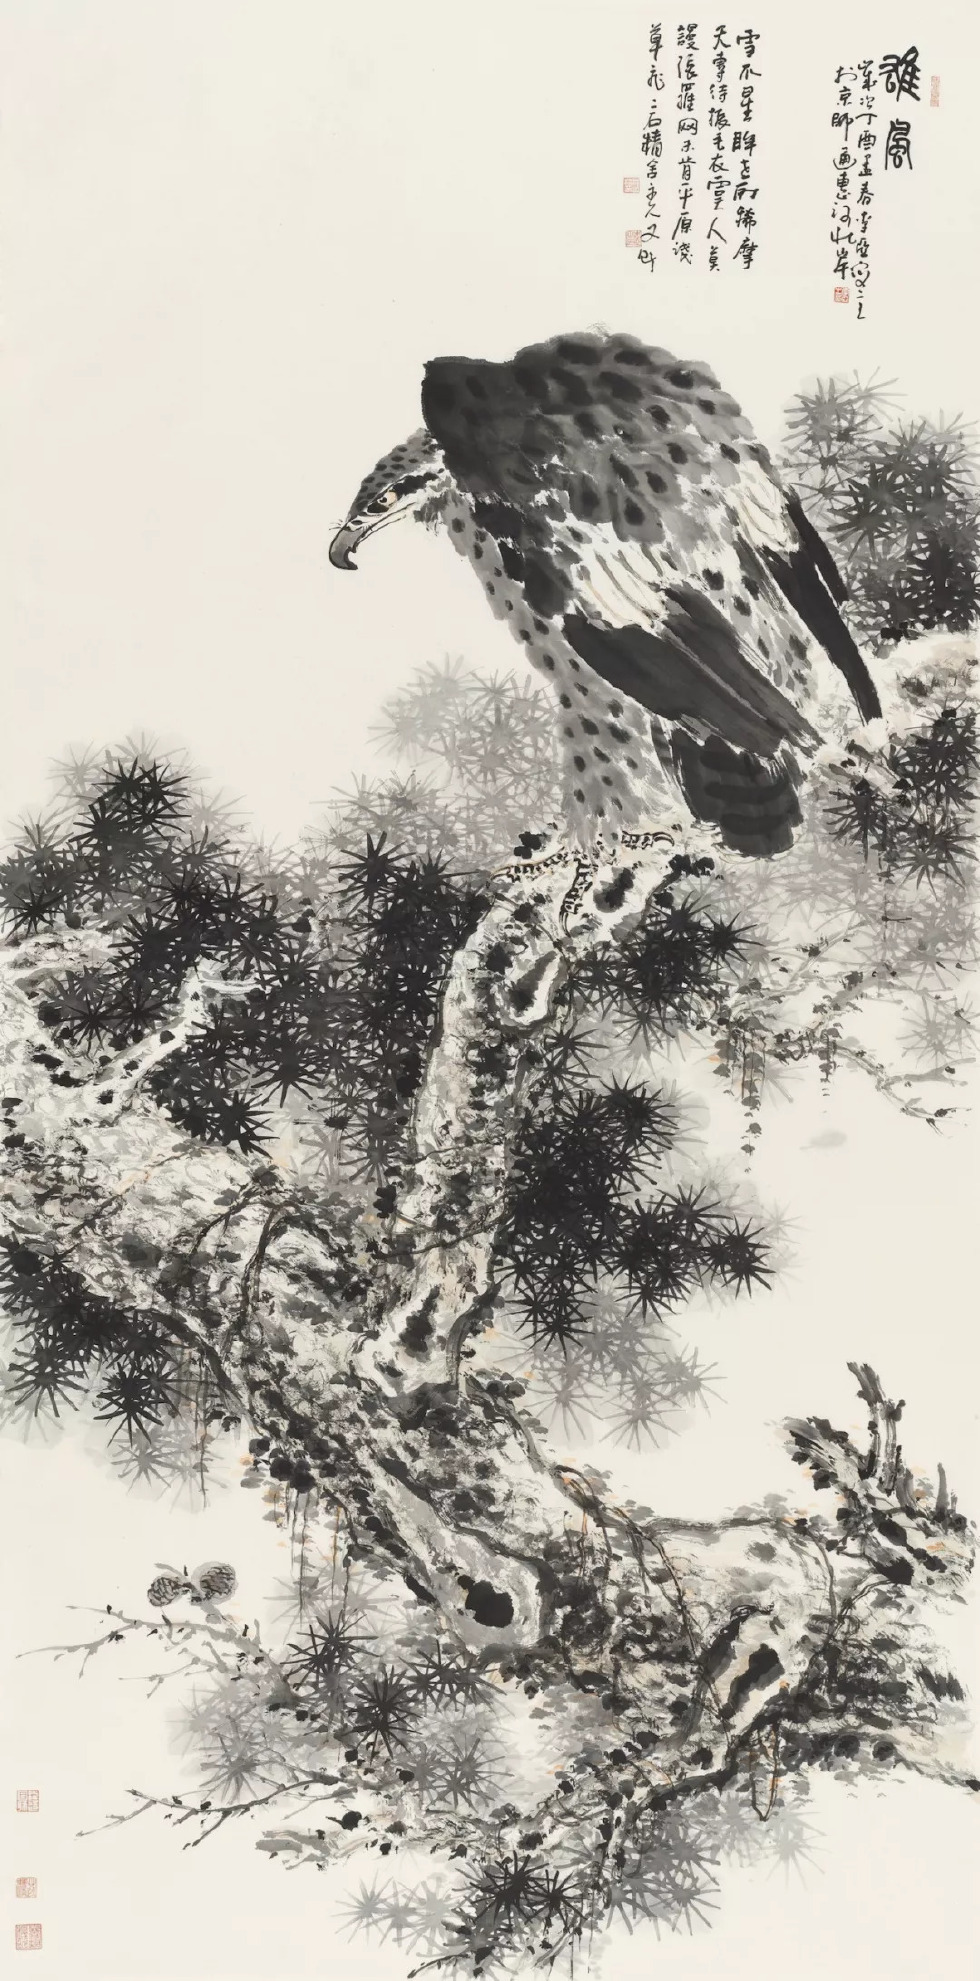
寒冬十二月，苍鹰八九毛。